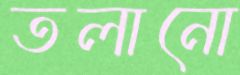
তলানো